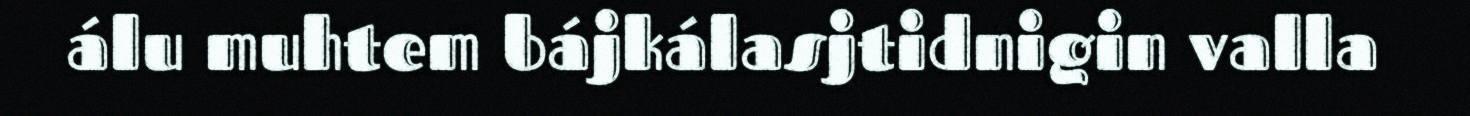
álu muhtem bájkálasjtidnigin valla